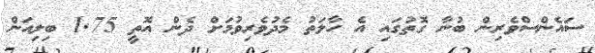
ސައެންސްވެރިން ބުނާ ގޮތުގައި އެ ހާލަތު މެދުވެރިވުމަށް ދެން އޮތީ 1.75 ބިލިއަން